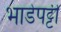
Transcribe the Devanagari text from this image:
भाडेपट्टी